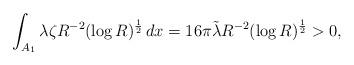
LaTeX: \begin{align*}\int_{A_1} \lambda \zeta R^{-2}(\log R)^\frac{1}{2} \, dx =16\pi \tilde{\lambda} R^{-2}(\log R)^\frac{1}{2}> 0,\end{align*}